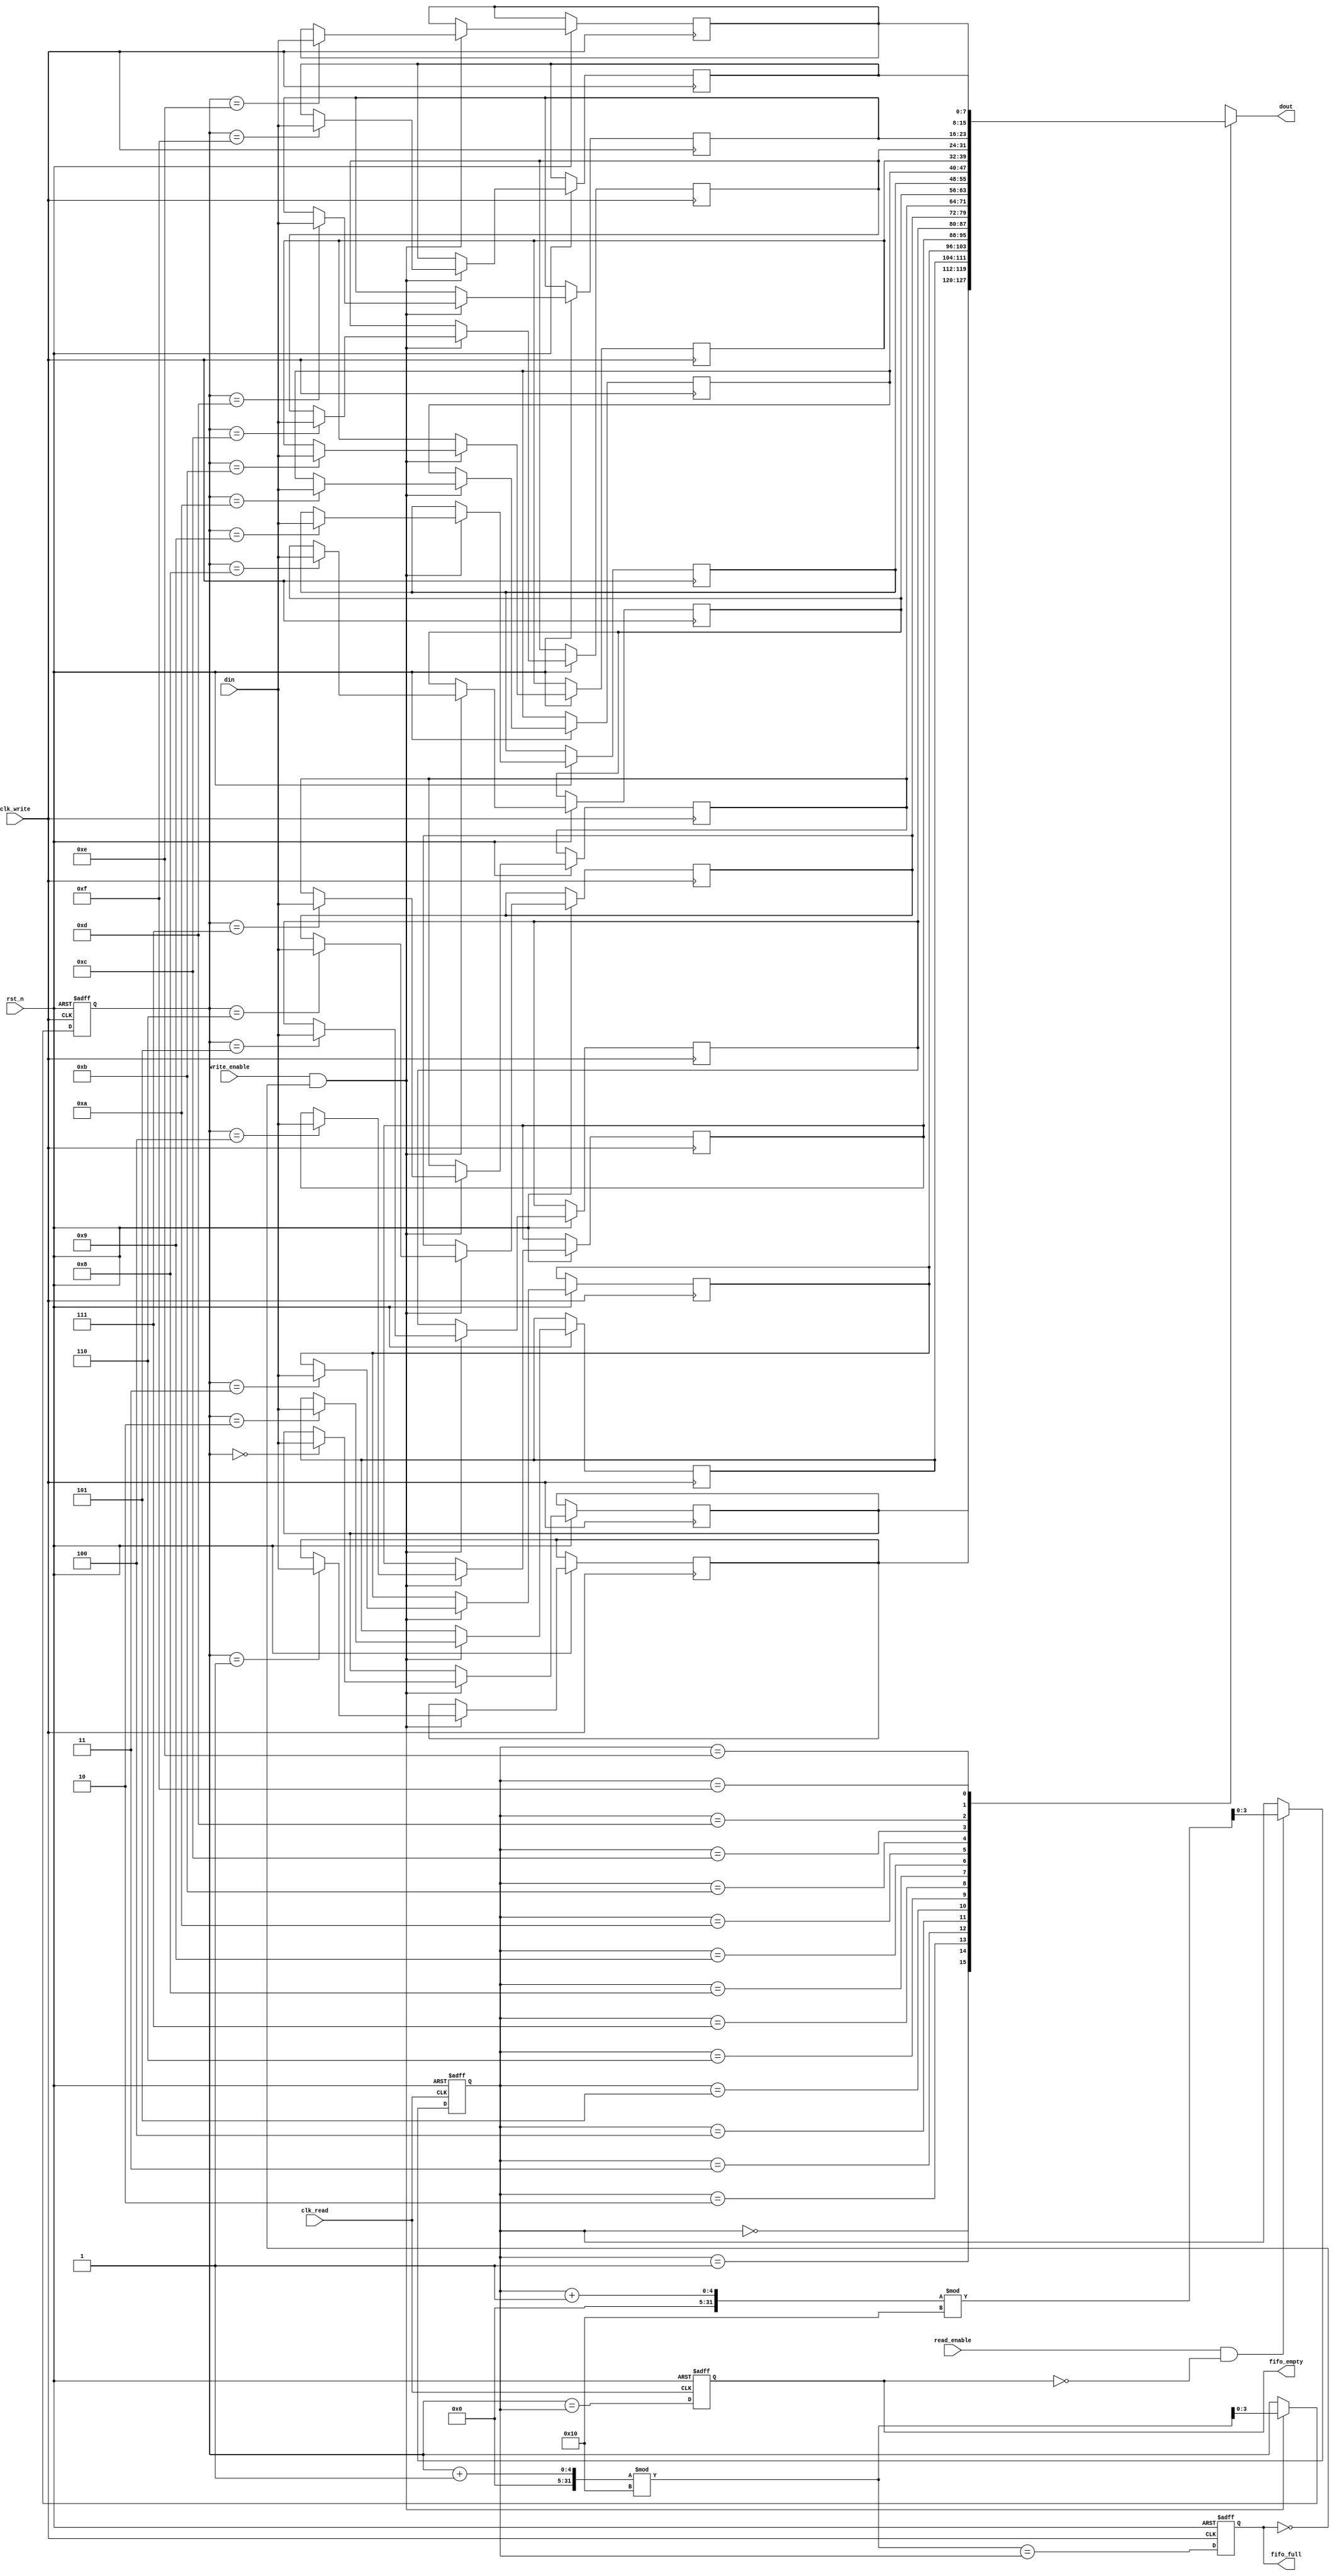
module fifo_synchronizer #(
    parameter DATA_WIDTH = 8,  // Width of the data
    parameter FIFO_DEPTH = 16   // Depth of the FIFO
) (
    input wire clk_write,            // Write clock
    input wire clk_read,             // Read clock
    input wire rst_n,                // Reset (active low)
    input wire write_enable,          // Write enable signal
    input wire read_enable,           // Read enable signal
    input wire [DATA_WIDTH-1:0] din, // Data input
    output wire [DATA_WIDTH-1:0] dout,// Data output
    output wire fifo_full,           // FIFO full flag
    output wire fifo_empty           // FIFO empty flag
);

    // FIFO memory declaration
    reg [DATA_WIDTH-1:0] fifo_mem [0:FIFO_DEPTH-1];
    
    // Pointer declarations
    reg [3:0] wp; // Write pointer
    reg [3:0] rp; // Read pointer

    // Status flags
    reg full_flag, empty_flag;
    
    // Write pointer logic
    always @(posedge clk_write or negedge rst_n) begin
        if (!rst_n) begin
            wp <= 0;
        end else if (write_enable && !full_flag) begin
            fifo_mem[wp] <= din;  // Write data to FIFO
            wp <= (wp + 1) % FIFO_DEPTH; // Increment write pointer
        end
    end

    // Read pointer logic
    always @(posedge clk_read or negedge rst_n) begin
        if (!rst_n) begin
            rp <= 0;
        end else if (read_enable && !empty_flag) begin
            rp <= (rp + 1) % FIFO_DEPTH; // Increment read pointer
        end
    end

    // FIFO control logic
    always @(posedge clk_write or negedge rst_n) begin
        if (!rst_n) begin
            full_flag <= 0;
        end else begin
            full_flag <= (wp + 1) % FIFO_DEPTH == rp; // FIFO full condition
        end
    end

    always @(posedge clk_read or negedge rst_n) begin
        if (!rst_n) begin
            empty_flag <= 1;
        end else begin
            empty_flag <= (wp == rp); // FIFO empty condition
        end
    end

    // Output data
    assign dout = fifo_mem[rp]; // Data output from FIFO
    assign fifo_full = full_flag; // Assign full flag
    assign fifo_empty = empty_flag; // Assign empty flag

endmodule